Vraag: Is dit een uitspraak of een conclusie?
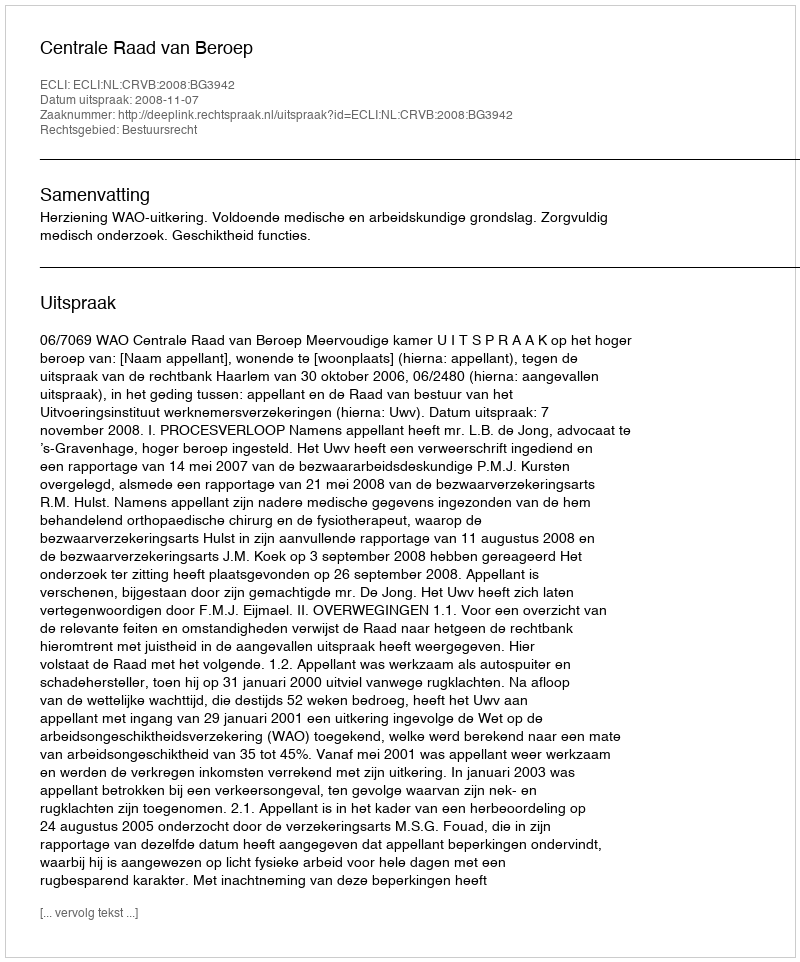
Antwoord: Uitspraak